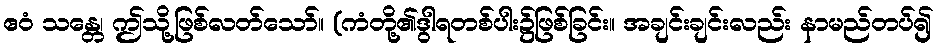
ဧဝံ သန္တေ၊ ဤသို့ဖြစ်လတ်သော်။ (ကံတို့၏ဒွါရတစ်ပါး၌ဖြစ်ခြင်း။ အချင်းချင်းလည်း နာမည်တပ်၍